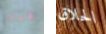
هذه الحلاق